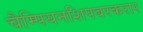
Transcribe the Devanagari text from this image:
चैम्पियनशिपबरकरार